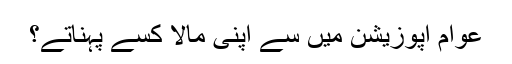
عوام اپوزیشن میں سے اپنی مالا کسے پہناتے؟